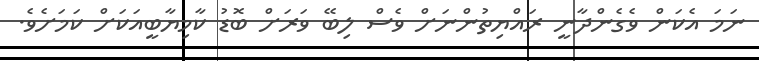
ނަމަ އެކަން ވެގެންދާނީ ރައްޔިތުންނަށް ވެސް ލިބޭ ވަރަށް ބޮޑު ކާމިޔާބީއަކަށް ކަމަށެވެ.